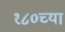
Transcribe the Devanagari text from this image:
१८०च्या